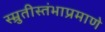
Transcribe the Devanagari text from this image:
स्म्रुतीस्तंभाप्रमाणे